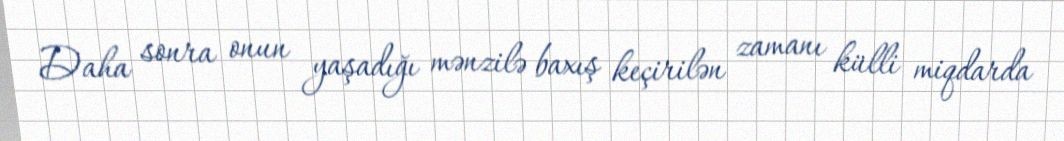
Daha sonra onun yaşadığı mənzilə baxış keçirilən zamanı külli miqdarda